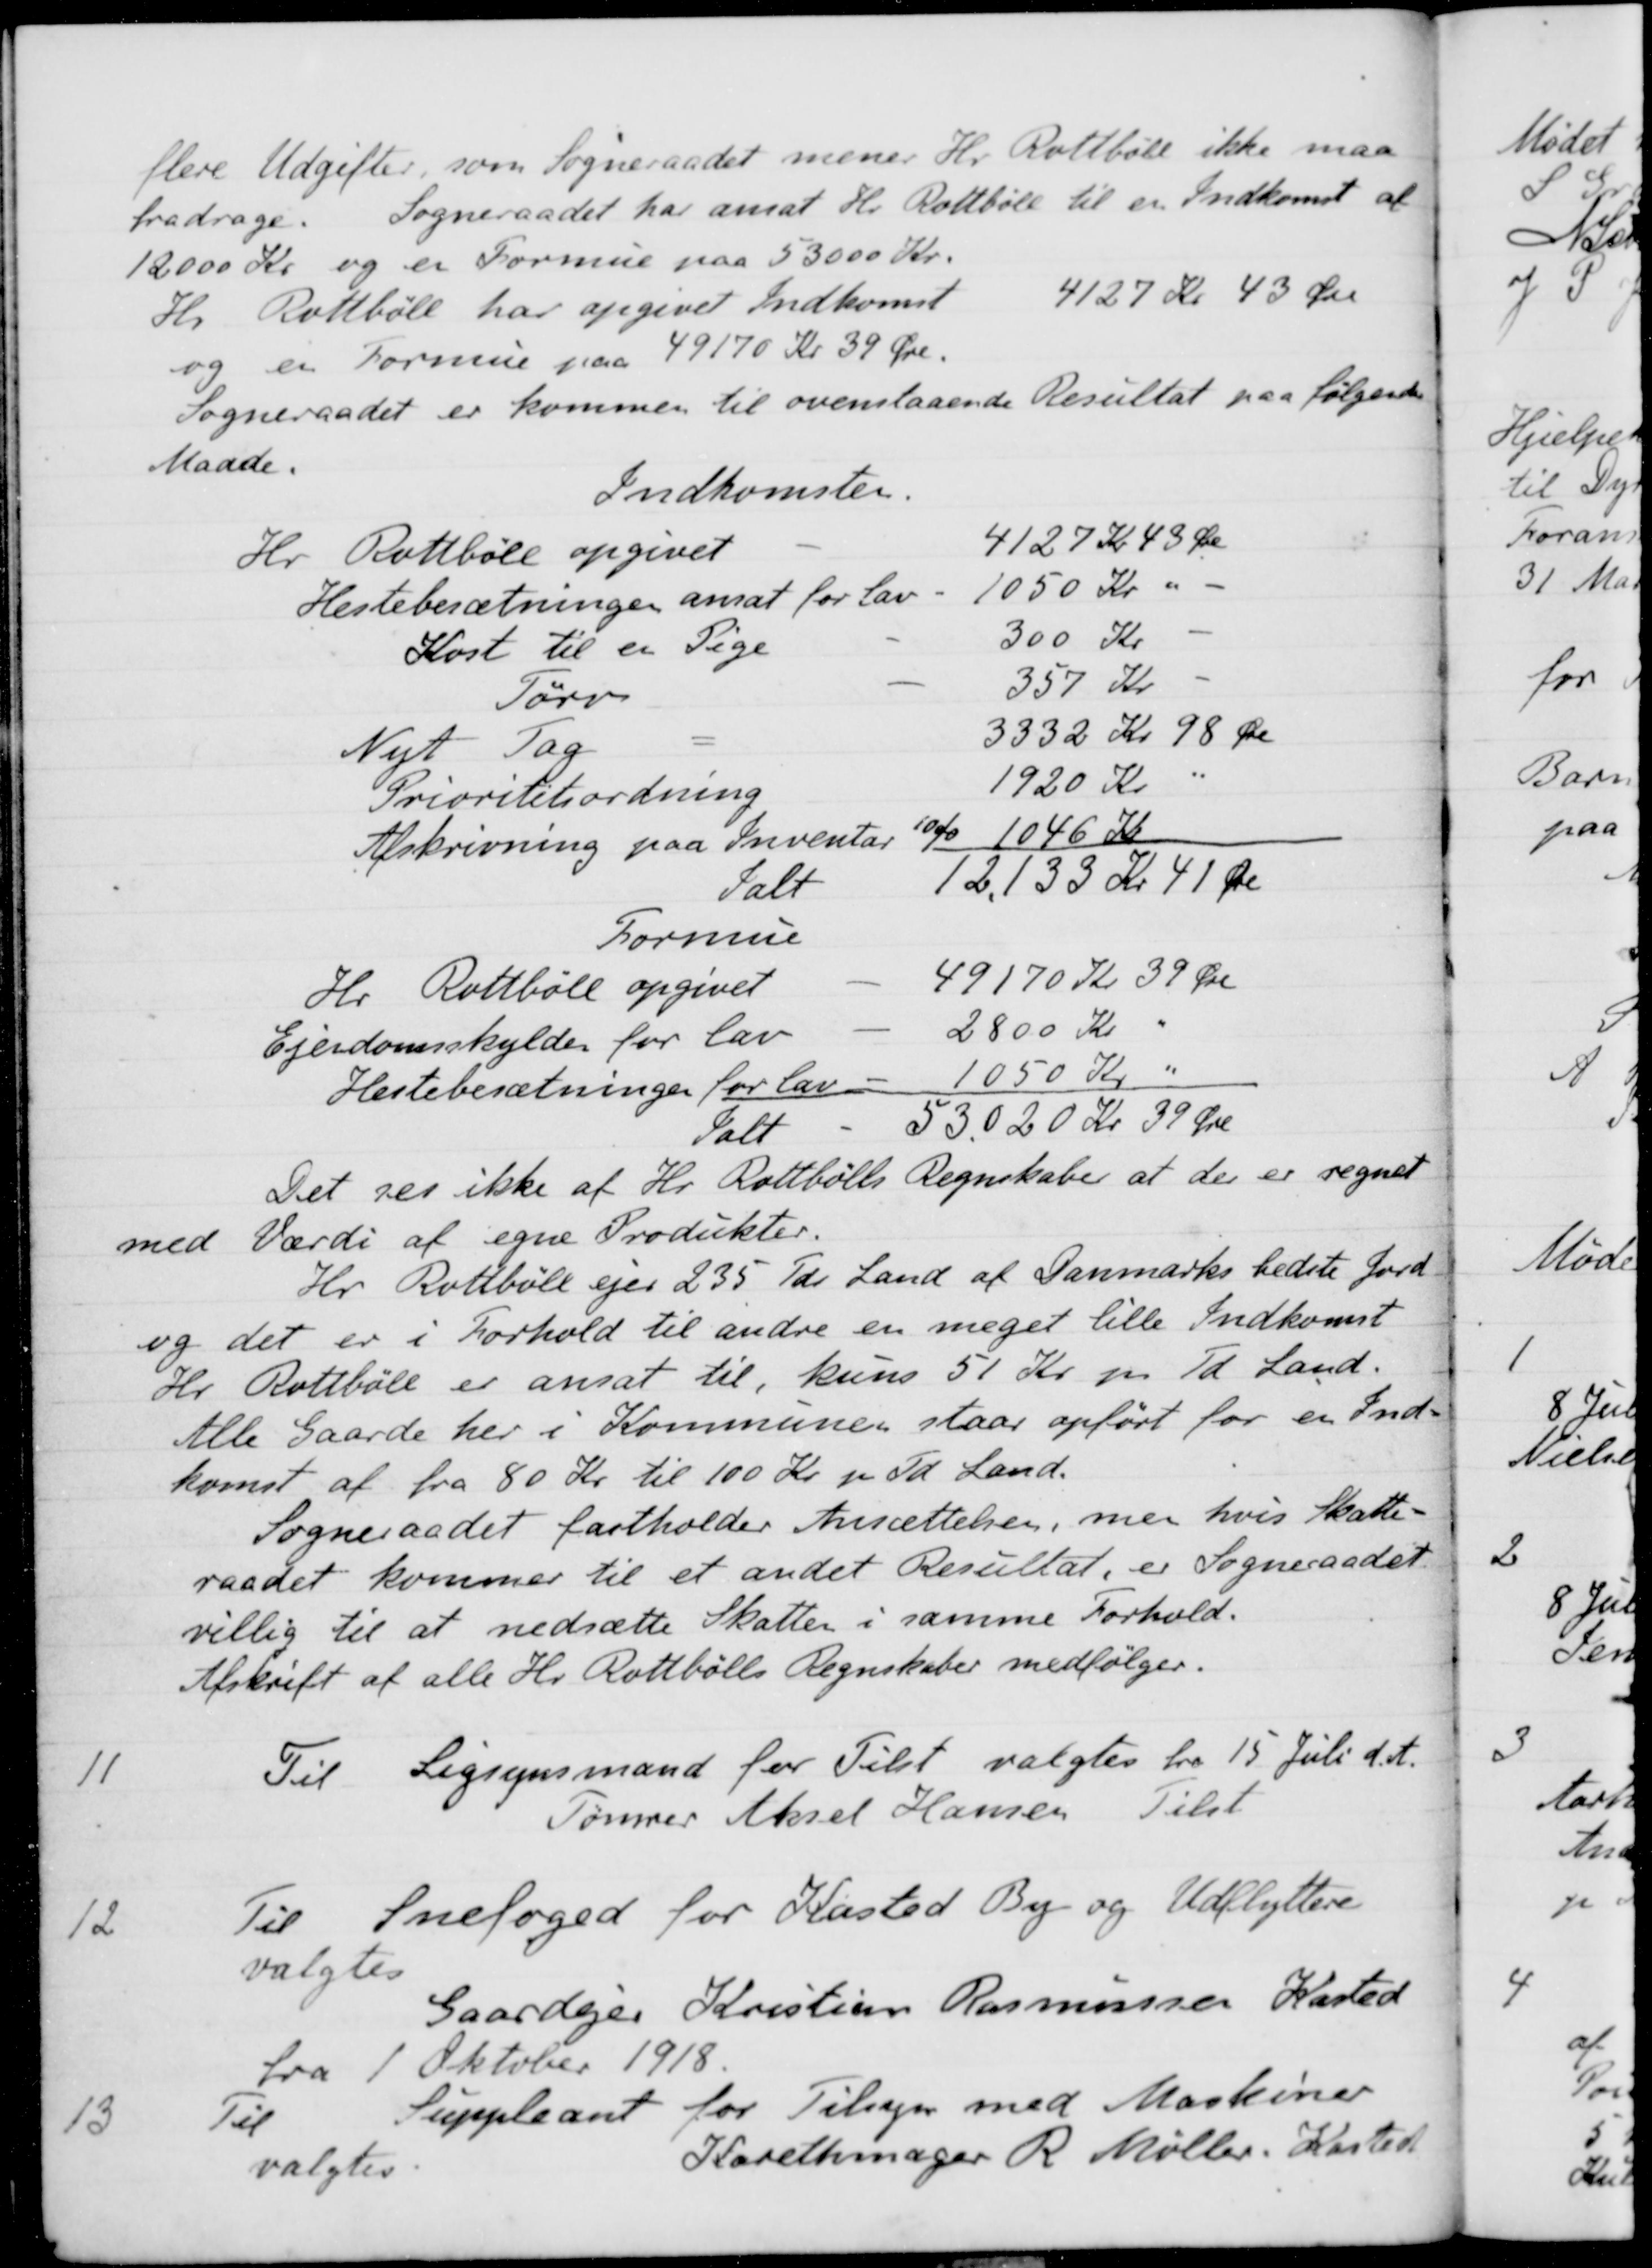
Transskription:
flere Udgifter, som Sogneraadet mener Hr. Rollbøll ikke maa 
fradrage. Sogneraadet har ansat Hr. Rottbøll til en Indkomst at 
12000 Kr og er Formue paa 53000 Kr.
Hr. Rottbøll har opgivet Indkomst 4127 Kr 43 Øre
og en Formue paa 49170 Kr 39 Øre.
Sogneraadet er kommen til ovenstaaende Resultat paa følgende
Maade.
Indkomster.
Hr. Rottbole opgivet
4127 Kr 43 Øre
Hestebesætninger ansat for lav
1050 Kr
Kost til en Pige
300 Kr
Tørv
357 Kr
Nyt Tag
3332 Kr 98 Øre
Prioritetsordning
1920 Kr
Afskrivning paa Inventar 10% 1046 Kr
Ialt
12.133 Kr 41 Øre
Formue
Hr. Rottbóll opgivet
49170 Kr 39 Øre
Ejendomsskylder for lav
2800 Kr.
Heslebesætninger for lav
1050 Kr
Ialt
53.020 Kr 39 Øre
Det ses ikke af Hr. Rottbølls Regnskaber at der er regnet
med Værdi af egne Produkter.
Hr. Rottbøll ejer 235 Tdr. Land af Danmarks bedste Jord
og det er i Forhold til andre en meget lille Indkomst
Hr. Rottbøll er ansat til, kuns 51 Kr pr Td Land.
Alle Gaarde her i Kommunen staar opført for en Ind-
komst af fra 80 Kr til 100 Kr pr Td Land.
Sogneraadet fastholder Ansættelsen, men hvis Skatte-
raadet kommer til et andet Resultat, er Sogneraadet
villig til at nedsætte Skatten i samme Forhold.
Afskrift af alle Hr. Rottbølls Regnskaber medfølger.
11
Til Ligsynsmænd for Tilst valgtes fra 15 Juli d. A.
Tømrer Aksel Hansen Tilst
12
Til Snefoged for Kasted By og Udflyttere
valgtes
Gaardejer Kristian Rasmussen Kasted
fra 1 Oktober 1918
13
Til Suppleant for Tilsyn med Maskiner
valgtes.
Karethmager R. Møller, Kasted